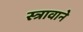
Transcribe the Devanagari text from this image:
स्त्रावाने